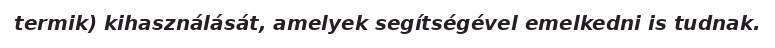
termik) kihasználását, amelyek segítségével emelkedni is tudnak.